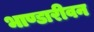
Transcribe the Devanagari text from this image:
भाण्डारीवन